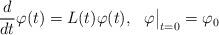
LaTeX: \begin{align*}\frac d{dt}\varphi(t)=L(t)\varphi(t),\ \ \varphi\big|_{t=0}=\varphi_0\end{align*}